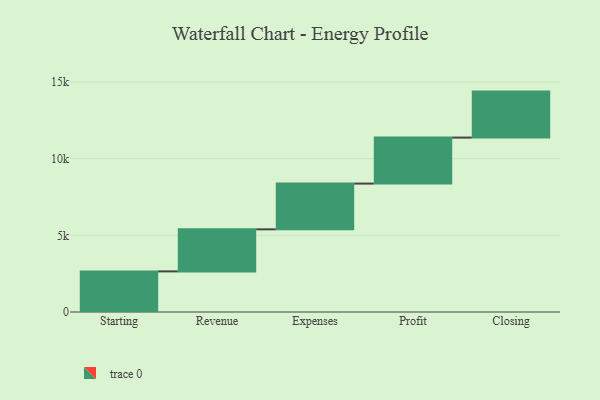
{"axis": {"x": "Step", "y": "Value"}, "legend": [""], "data": [{"x": "Starting", "y": 2648.0, "type": ""}, {"x": "Revenue", "y": 2744.0, "type": ""}, {"x": "Expenses", "y": 2984.0, "type": ""}, {"x": "Profit", "y": 3000, "type": ""}, {"x": "Closing", "y": 3000, "type": ""}]}